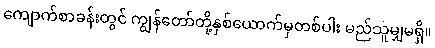
ကျောက်စာခန်းတွင် ကျွန်တော်တို့နှစ်ယောက်မှတစ်ပါး မည်သူမျှမရှိ။